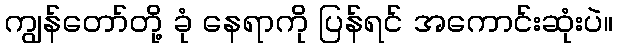
ကျွန်တော်တို့ ခုံ နေရာကို ပြန်ရင် အကောင်းဆုံးပဲ။